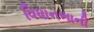
વિધાનભાની